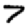
Digit: 7